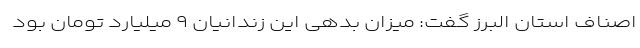
اصناف استان البرز گفت: میزان بدهی این زندانیان ۹ میلیارد تومان بود